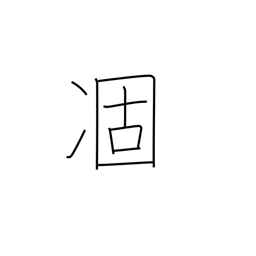
Meaning: droop